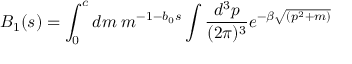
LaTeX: B _ { 1 } ( s ) = \int _ { 0 } ^ { c } d m \; m ^ { - 1 - b _ { 0 } s } \int \frac { d ^ { 3 } p } { ( 2 \pi ) ^ { 3 } } e ^ { - \beta \sqrt { ( p ^ { 2 } + m ) } }